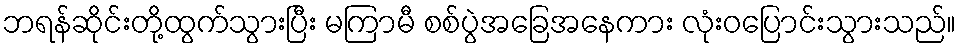
ဘရန်ဆိုင်းတို့ထွက်သွားပြီး မကြာမီ စစ်ပွဲအခြေအနေကား လုံးဝပြောင်းသွားသည်။